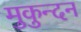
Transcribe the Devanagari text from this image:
मुकुन्दन